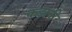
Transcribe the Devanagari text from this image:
कड़ानी